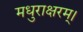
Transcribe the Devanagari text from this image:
मधुराक्षरम्‌।